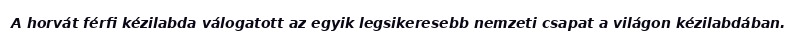
A horvát férfi kézilabda válogatott az egyik legsikeresebb nemzeti csapat a világon kézilabdában.